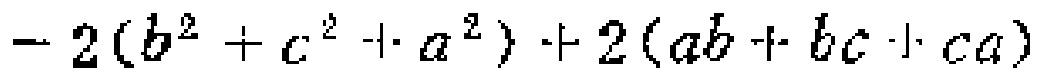
\(- 2(b^{2}+c^{2}+a^{2}) + 2(ab + bc + ca)\)